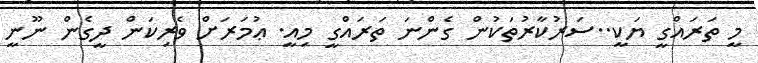
މީ ތަރައްގީ ޔަކީ..ސަރުކާރުތަކުން ގެންނަ ތަރައްގީ މިއީ. ޢުމަރަށް ވެރިކަން ދީގެން ނޫނީ